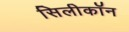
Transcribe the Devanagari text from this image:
सिलीकॉन